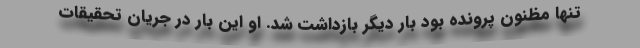
تنها مظنون پرونده بود بار دیگر بازداشت شد. او این بار در جریان تحقیقات